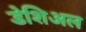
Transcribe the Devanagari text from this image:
डेशिअल